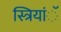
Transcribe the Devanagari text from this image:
स्त्रियांॅ